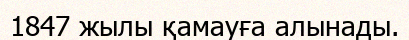
1847 жылы қамауға алынады.